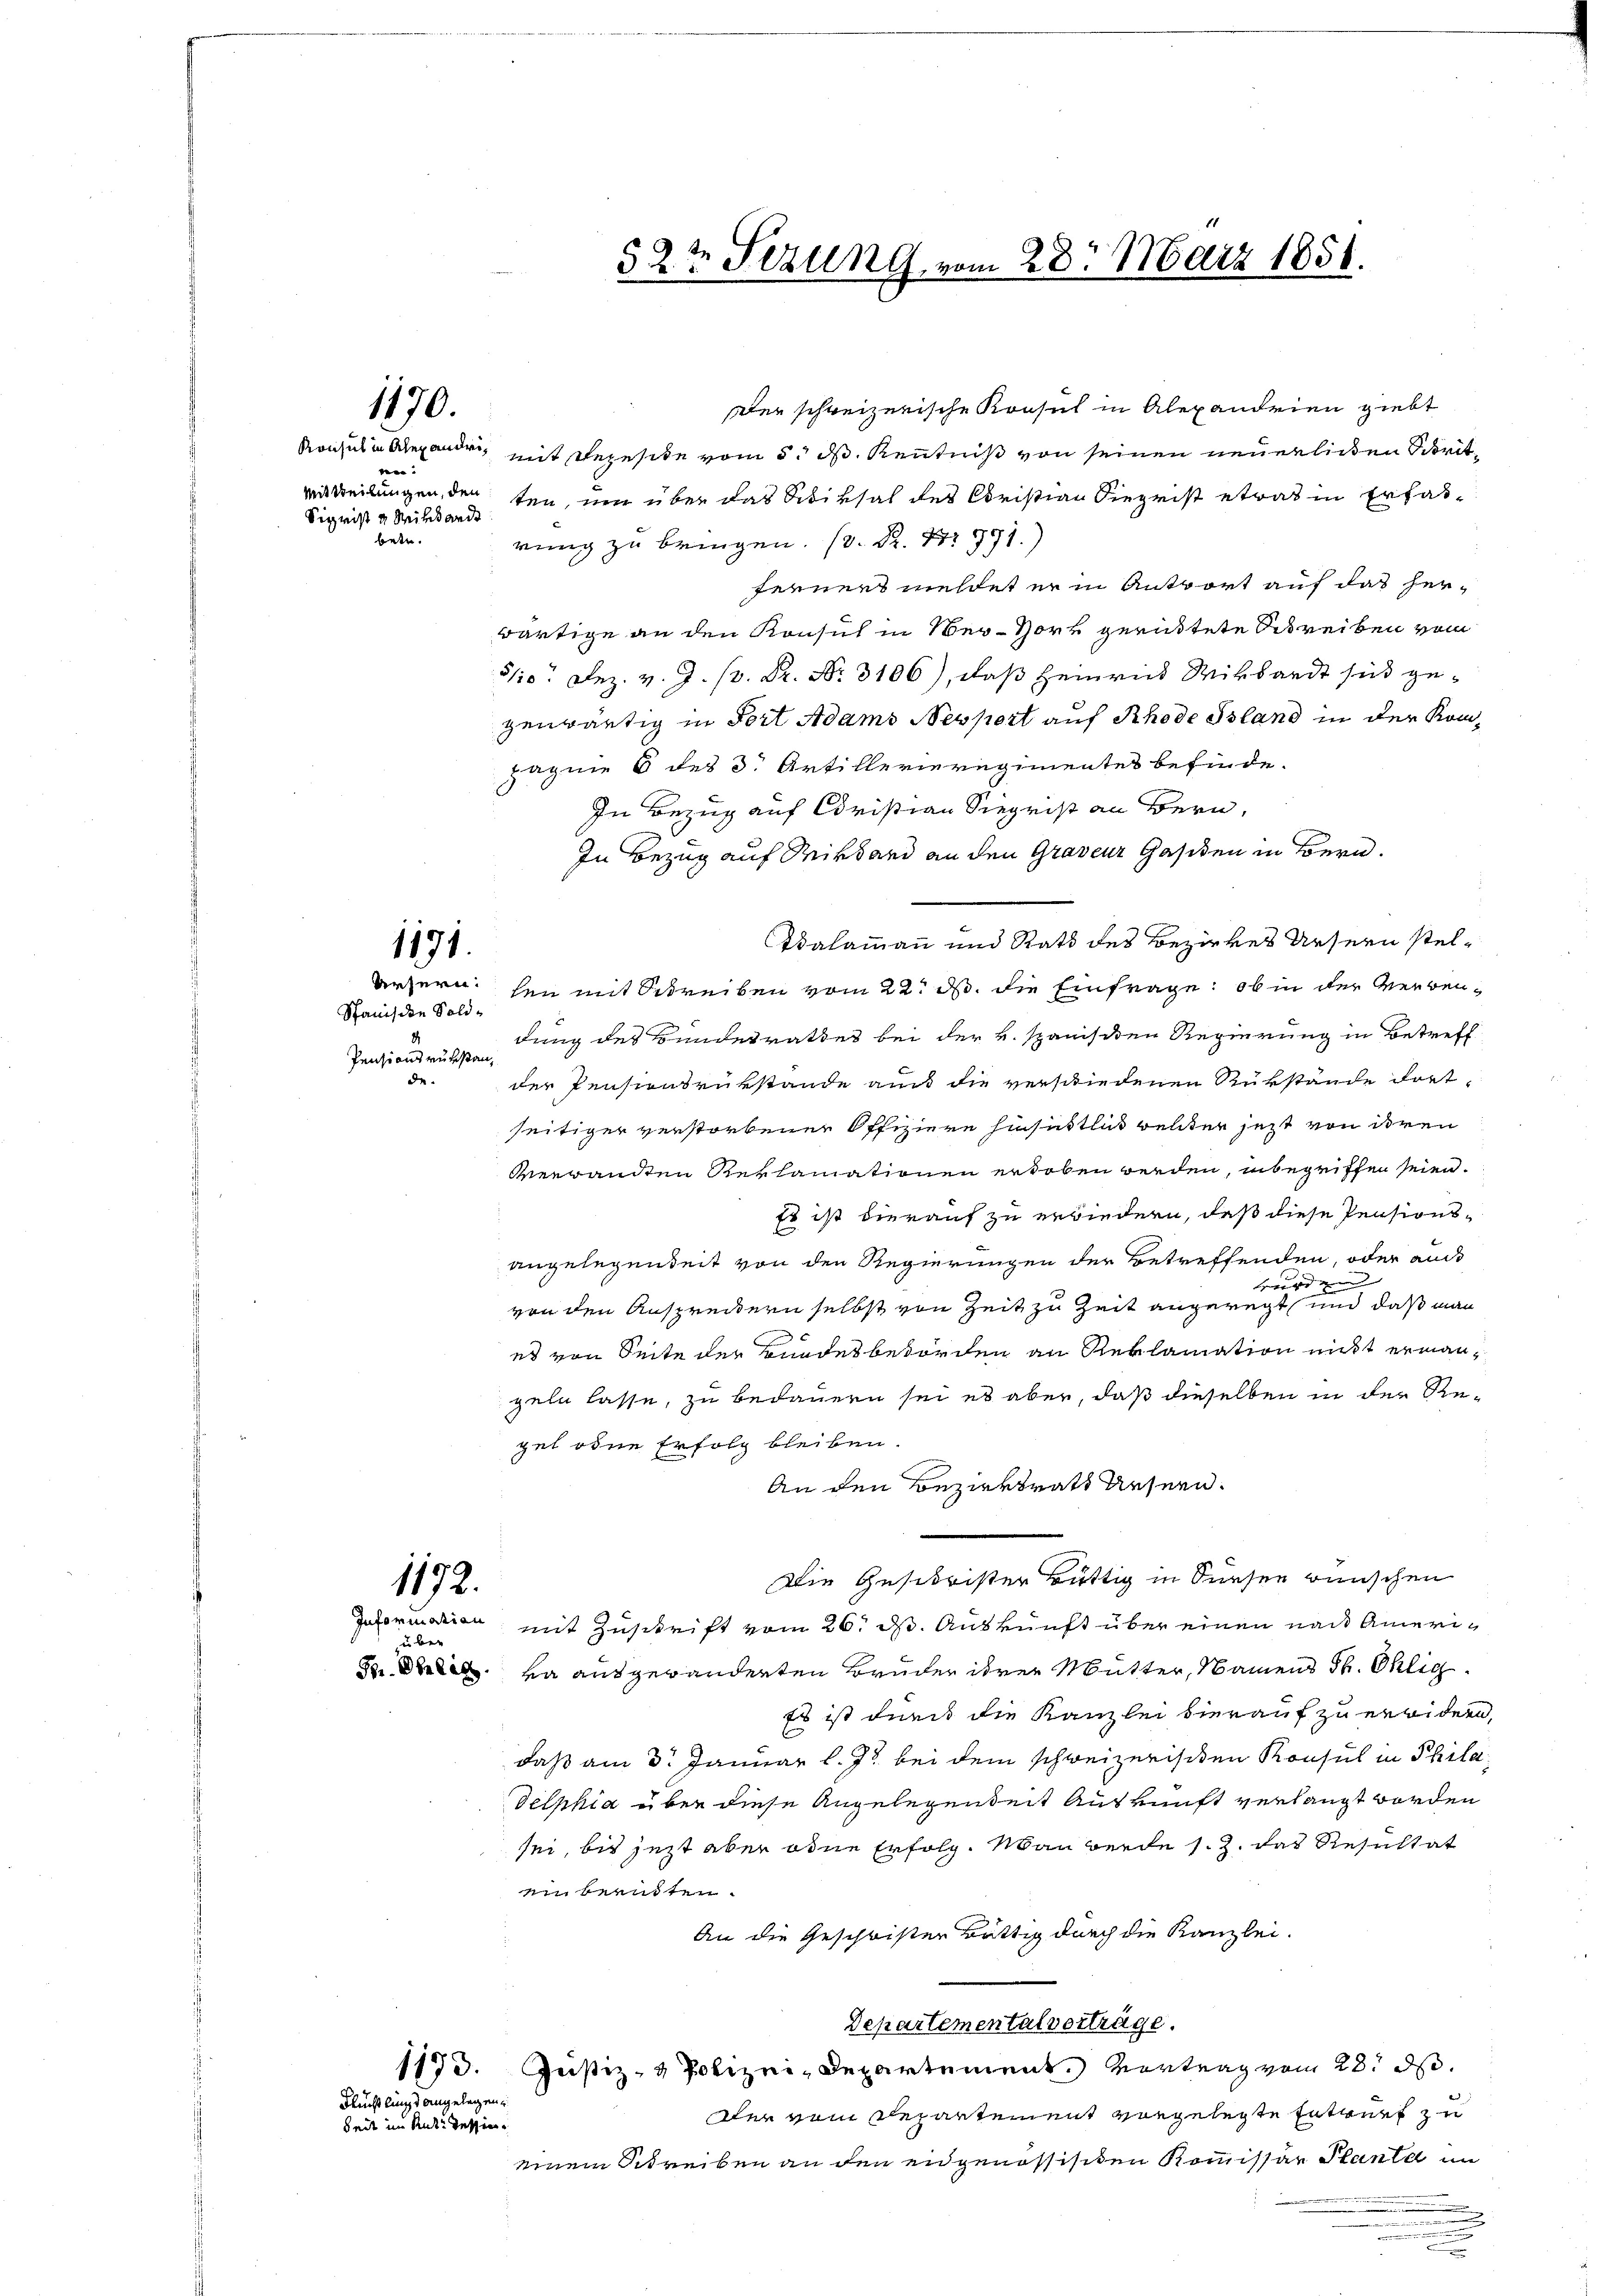
1170.

ver
Sigrist u Reinande
betr.

1171.

Spanische Sold¬
Pensionsrükstande.

uber

Flüchtlingt angelegen,

der schweizerische Krasul in Alexandrien giebt
Ronsul in Alexande, mit Bezeite vom 5. ds. Kenntniß von seinen neuerlichen Schritmitteilungen, der ten, um über das Schiksal des Christian Siegrist etwas in Erfasrung zu bringen. (D. P. Nr. 791.
ferners meldet er in Antwort auf das her-
wärtige an den Konsul in Ner-Horr gerüstete Schreiben vom
5/10. Dez. v. J. P. Dr. No. 3106), daß Heinrich Wilhardt sich gegenwärtig in Fort Adams Nesport auf Rhode Island in der Kompagnie 6 des 3. Artillerieregimentes befinde.
In Bezug auf Christian Siegrist an Bern,
In Bezug auf Miklard an den Graveur Gasiden in Bern.
Salammann und Rats des Bezirkes Ursern stelärsern: hin mit Schreiben vom 22. ds. die Einfrage: ob in der Verbendung des Bundesrathes bei der v. Spanisten Regierung in Betreff
der Pensionsrükstände au die verschiedenen Rükstände dort,
seitiger verstorbener Offiziere hinsittlich weiter jetzt von deren
verwandten Reklamationen erhoben werden, inbegriffen seien.
Es ist hierauf zu erwiedern, daß diese Pensions-
angelegenheit von den Regierungen der Betreffenden, oder auch
  |
von den Anspreckern selbst von Zeit zu Zeit angeregt und daß man
es von Seite der Kundesbehörden an Reklamation nicht ermangeln lasse, zu bedauern sei es aber, daß dieselben in der Regut oder Erfolg bleiben.
An den Bezirksrath diesern.
Die Geschrister Büttig in Sursen wünschen
1172.
Information mit Zuschrift vom 26. ds. Auskunft über einen nach Ameri¬
Fr. Da ausgewänderten Bruder ihrer Mutter, Namens St. Ohlig
Es ist durch die Kanzlei hierauf zu erwidern,
daß am 3. Januar l. Js. bei dem schweizerischen Konsul in Philadelphia über diese Angelegenheit Auskunft verlangt worden
sei, bis jezt aber oder Erfolg. Man werde s. Z. das Resultat
ein beruhten.
An die Geschwister Bättig durch die Kanzlei-
Departementalverträge.
1173. Justiz- & Polizei-Departement. Vertrag vom 28. ds.
Der vom Departement vorgelegte Entwurf zu
beit im Rate dessen
einem Schreiben an den eidgenössischen Kommissär Plante in
n

.
a
.
d

5 2t Sezung vom 28. März 1851.